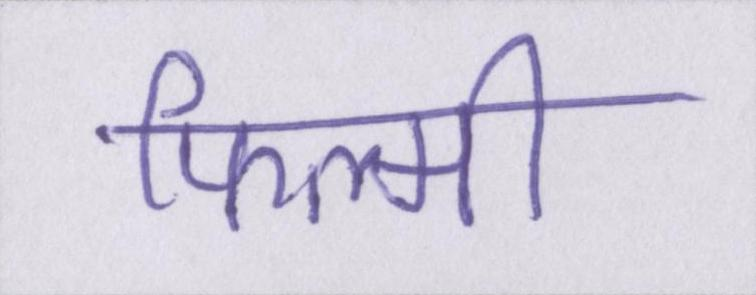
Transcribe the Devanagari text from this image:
फिल्मी